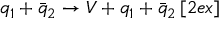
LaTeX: q _ { 1 } + \bar { q } _ { 2 } \rightarrow V + q _ { 1 } + \bar { q } _ { 2 } \, [ 2 e x ]